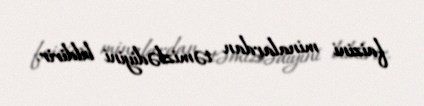
faizini minalardan təmizlədiyini bildirir.